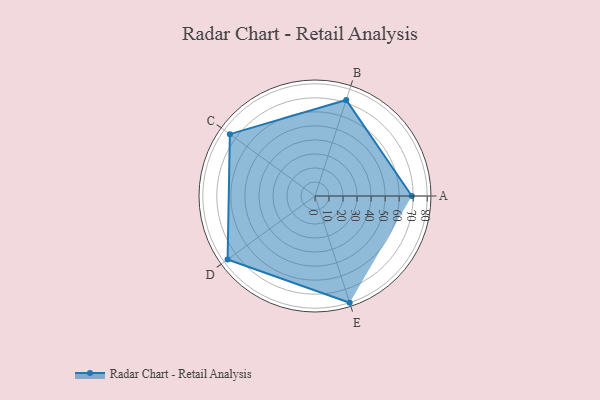
{"axis": {"x": "Skill", "y": "Score"}, "legend": ["Profile"], "data": [{"x": "A", "y": 69.0, "type": "Profile"}, {"x": "B", "y": 72.0, "type": "Profile"}, {"x": "C", "y": 75.0, "type": "Profile"}, {"x": "D", "y": 77.0, "type": "Profile"}, {"x": "E", "y": 80.0, "type": "Profile"}]}